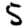
Digit: 5